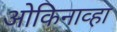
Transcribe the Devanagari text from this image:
ओकिनाव्हा